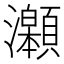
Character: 𤅆